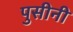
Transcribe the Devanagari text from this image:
पुसीनी